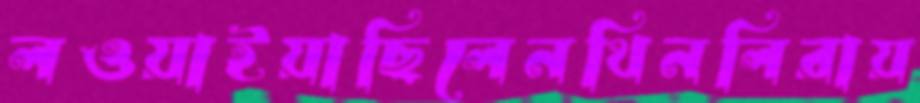
লওয়াইয়াছিলেনথিনলিরায়